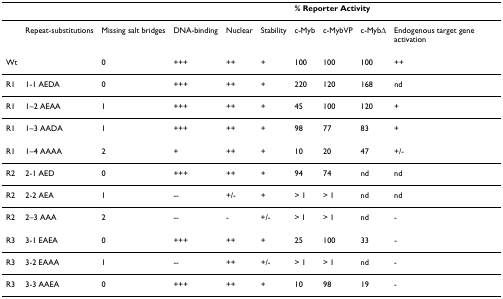
<table><thead><tr><td></td><td></td><td></td><td></td><td></td><td></td><td colspan="3"><b>% Reporter Activity</b></td><td></td></tr></thead><tbody><tr><td></td><td>Repeat-substitutions</td><td>Missing salt bridges</td><td>DNA-binding</td><td>Nuclear</td><td>Stability</td><td>c-Myb</td><td>c-MybVP</td><td>c-MybΔ</td><td>Endogenous target gene activation</td></tr><tr><td>Wt</td><td></td><td>0</td><td>+++</td><td>++</td><td>+</td><td>100</td><td>100</td><td>100</td><td>++</td></tr><tr><td>R1</td><td>1-1 AEDA</td><td>0</td><td>+++</td><td>++</td><td>+</td><td>220</td><td>120</td><td>168</td><td>nd</td></tr><tr><td>R1</td><td>1–2 AEAA</td><td>1</td><td>+++</td><td>++</td><td>+</td><td>45</td><td>100</td><td>120</td><td>+</td></tr><tr><td>R1</td><td>1–3 AADA</td><td>1</td><td>+++</td><td>++</td><td>+</td><td>98</td><td>77</td><td>83</td><td>+</td></tr><tr><td>R1</td><td>1–4 AAAA</td><td>2</td><td>+</td><td>++</td><td>+</td><td>10</td><td>20</td><td>47</td><td>+/-</td></tr><tr><td>R2</td><td>2-1 AED</td><td>0</td><td>+++</td><td>++</td><td>+</td><td>94</td><td>74</td><td>nd</td><td>nd</td></tr><tr><td>R2</td><td>2-2 AEA</td><td>1</td><td>--</td><td>+/-</td><td>+</td><td>&gt; 1</td><td>&gt; 1</td><td>nd</td><td>nd</td></tr><tr><td>R2</td><td>2–3 AAA</td><td>2</td><td>--</td><td>-</td><td>+/-</td><td>&gt; 1</td><td>&gt; 1</td><td>nd</td><td>-</td></tr><tr><td>R3</td><td>3-1 EAEA</td><td>0</td><td>+++</td><td>++</td><td>+</td><td>25</td><td>100</td><td>33</td><td>-</td></tr><tr><td>R3</td><td>3-2 EAAA</td><td>1</td><td>--</td><td>++</td><td>+/-</td><td>&gt; 1</td><td>&gt; 1</td><td>nd</td><td>-</td></tr><tr><td>R3</td><td>3-3 AAEA</td><td>0</td><td>+++</td><td>++</td><td>+</td><td>10</td><td>98</td><td>19</td><td>-</td></tr></tbody></table>